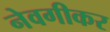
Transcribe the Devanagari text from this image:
नेवगीकर